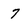
Character: 7